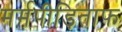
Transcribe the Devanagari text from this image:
मर्मपीड़िताफ